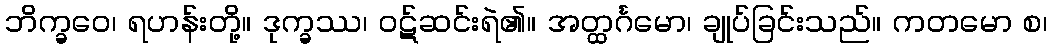
ဘိက္ခဝေ၊ ရဟန်းတို့။ ဒုက္ခဿ၊ ဝဋ်ဆင်းရဲ၏။ အတ္ထင်္ဂမော၊ ချုပ်ခြင်းသည်။ ကတမော စ၊